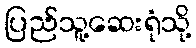
ပြည်သူ့ဆေးရုံသို့